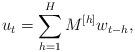
LaTeX: \begin{align*} u_t = \sum_{h=1}^{H} M^{[h]} w_{t-h} ,\end{align*}